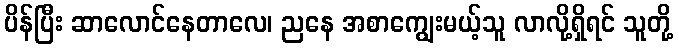
ပိန်ပြီး ဆာလောင်နေတာလေ၊ ညနေ အစာကျွေးမယ့်သူ လာလို့ရှိရင် သူတို့